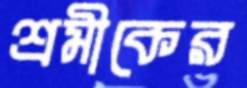
শ্রমীকের